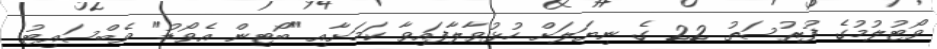
ވޯޓުލުމުގެ ފުރުސަތު 22 ގެ ނިޔަލަށް ހުޅުވާލާފައިވާ ކަމަށާއި "ބޯޓިން އެވޯޑު" ވެބްސައިޓު